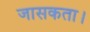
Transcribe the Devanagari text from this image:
जासकता।